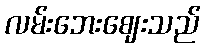
လမ်းဘေးဈေးသည်